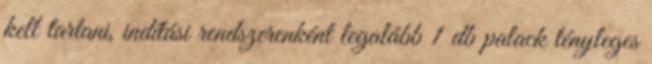
kell tartani, indítási rendszerenként legalább 1 db palack tényleges